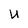
Character: U